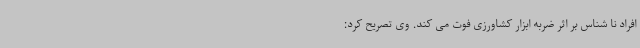
افراد نا شناس بر اثر ضربه ابزار کشاورزی فوت می کند. وی تصریح کرد: